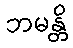
ဘမန္တိ